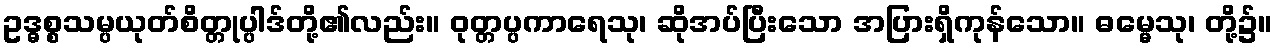
ဥဒ္ဓစ္စသမ္ပယုတ်စိတ္တုပ္ပါဒ်တို့၏လည်း။ ဝုတ္တပ္ပကာရေသု၊ ဆိုအပ်ပြီးသော အပြားရှိကုန်သော။ ဓမ္မေသု၊ တို့၌။